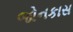
જોનકાસ